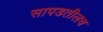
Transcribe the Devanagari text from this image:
सापडतीलच